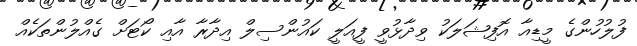
ފުލުހުންގެ މީޑިއާ އޮފިޝަލަކު ވިދާޅުވީ ފީއަލީ ކައުންސިލް އިދާރާ އާއި ކޯޓަށް ގެއްލުންތަކެއް